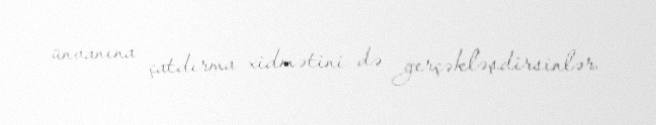
ünvanına çatdırma xidmətini də gerçəkləşdirsinlər.